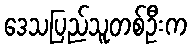
ဒေသပြည်သူတစ်ဦးက